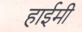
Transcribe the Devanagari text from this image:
हाईमी